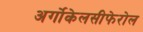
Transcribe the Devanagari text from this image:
अर्गोकेलसीफेरोल